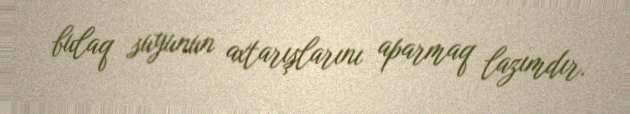
bulaq suyunun axtarışlarını aparmaq lazımdır.